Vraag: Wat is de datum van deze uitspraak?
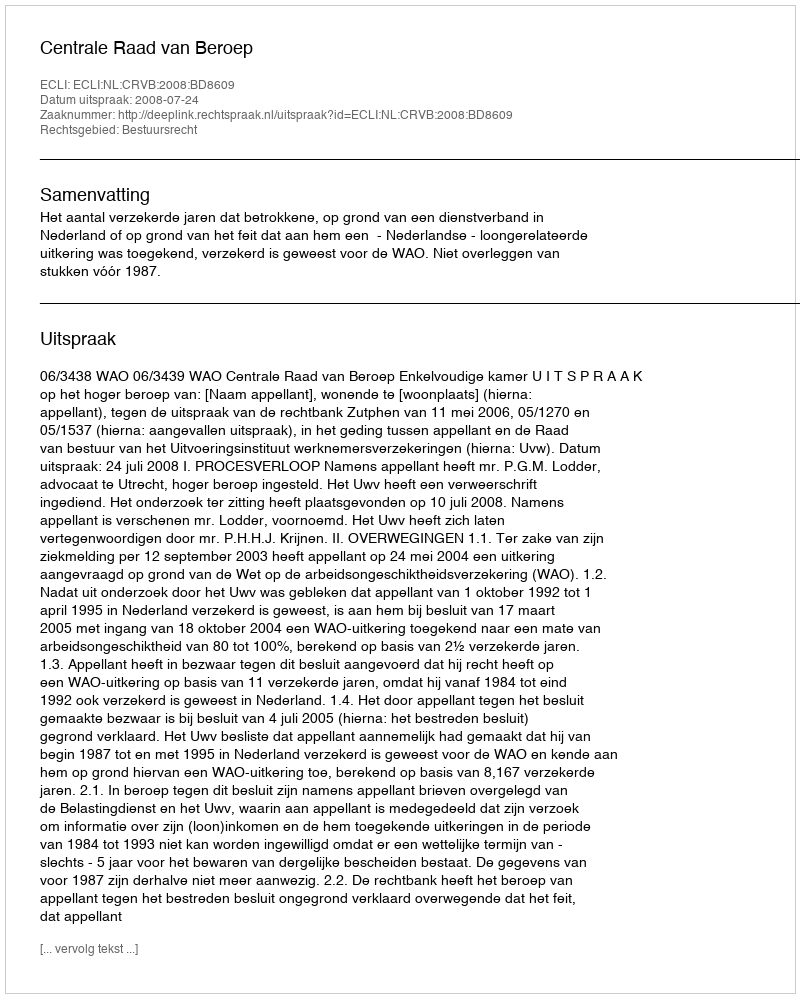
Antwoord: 2008-07-24